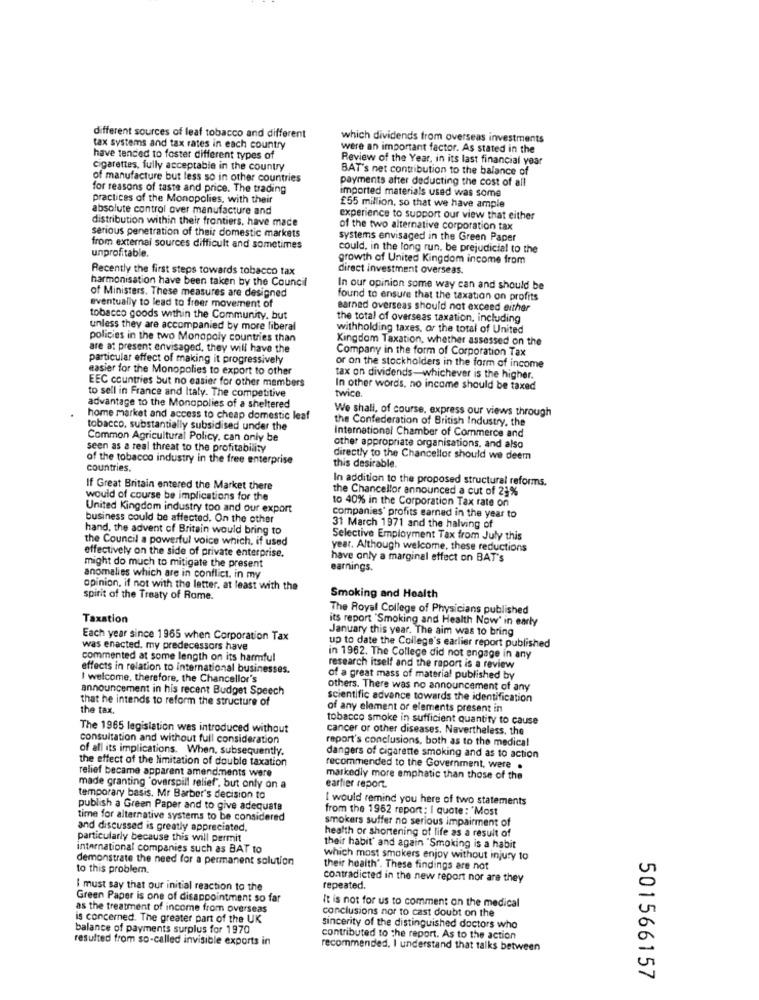
different sources of leaf tobacco and different
which dividends from overseas investments
tax systems and tax rates in each country
were an important factor. As stated in the
have tended to foster different types of
Review of the Year, in its last financial year
cigarettes, fully acceptable in the country
BAT's net contribution to the balance of
of manufacture but less so in other countries
payments after deducting the cost of all
for reasons of taste and price. The trading
imported materials used was some
practices of the Monopolies, with their
absolute control over manufacture and
£55 million, so that we have ample
distribution within their frontiers, have made
experience to support our view that either
of the two alternative corporation tax
serious penetration of their domestic markets
systems envisaged in the Green Paper
from external sources difficult and sometimes
unprofitable.
could, in the long run, be prejudicial to the
growth of United Kingdom income from
Recently the first steps towards tobacco tax
direct investment overseas.
harmonisation have been taken by the Council
of Ministers. These measures are designed
In our opinion some way can and should be
found to ensure that the taxation on profits
eventually to lead to freer movement of
earned overseas should not exceed either
tobacco goods within the Community, but
the total of overseas taxation, including
unless they are accompanied by more liberal
withholding taxes, or the total of United
policies in the two Monopoly countries than
Kingdom Taxation, whether assessed on the
are at present envisaged, they will have the
Company in the form of Corporation Tax
particular effect of making it progressively
or on the stockholders in the form of income
easier for the Monopolies to export to other
EEC countries but no easier for other members
tax on dividends-whichever is the higher.
to sell in France and Italy. The competitive
In other words, no income should be taxed
twice.
advantage to the Monopolies of a sheltered
We shall, of course, express our views through
home market and access to cheap domestic leaf
the Confederation of British Industry, the
tobacco, substantially subsidised under the
Common Agricultural Policy, can only be
International Chamber of Commerce and
seen as a real threat to the profitability
other appropriate organisations, and also
of the tobacco industry in the free enterprise
directly to the Chancellor should we deem
countries.
this desirable.
In addition to the proposed structural reforms.
If Great Britain entered the Market there
the Chancellor announced a cut of 21%
would of course be implications for the
to 40% in the Corporation Tax rate on
United Kingdom industry too and our export
business could be affected. On the other
companies' profits earned in the year to
hand, the advent of Britain would bring to
31 March 1971 and the halving of
the Council a powerful voice which, if used
Selective Employment Tax from July this
effectively on the side of private enterprise.
year. Although welcome, these reductions
might do much to mitigate the present
have only a marginal effect on BAT's
earnings.
anomalies which are in conflict. in my
opinion, if not with the letter, at least with the
spirit of the Treaty of Rome.
Smoking and Health
The Royal College of Physicians published
Taxation
its report "Smoking and Health Now' in early
January this year. The aim was to bring
Each year since 1965 when Corporation Tax
was enacted, my predecessors have
up to date the College's earlier report published
commented at some length on its harmful
in 1962. The College did not engage in any
effects in relation to international businesses.
research itself and the report is a review
I welcome. therefore, the Chancellor's
of a great mass of material published by
announcement in his recent Budget Speech
others. There was no announcement of any
that he intends to reform the structure of
scientific advance towards the identification
the tax.
of any element or elements present in
tobacco smoke in sufficient quantity to cause
The 1965 legislation was introduced without
cancer or other diseases. Nevertheless, the
consultation and without full consideration
report's conclusions, both as to the medical
of all its implications. When. subsequently.
the effect of the limitation of double taxation
dangers of cigarette smoking and as to action
relief became apparent amendments were
recommended to the Government, were .
markedly more emphatic than those of the
made granting 'overspill relief", but only on a
earfier report.
temporary basis. Mr Barber's decision to
I would remind you here of two statements
publish a Green Paper and to give adequate
from the 1962 report; I quote : "Most
time for alternative systems to be considered
smokers suffer no serious impairment of
and discussed is greatly appreciated.
health or shortening of life as a result of
particularly because this will permit
international companies such as BAT to
their habit' and again "Smoking is a habit
demonstrate the need for a permanent solution
which most smokers enjoy without injury to
to this problem.
their health'. These findings are not
contradicted in the new report nor are they
I must say that our initial reaction to the
repeated.
Green Paper is one of disappointment so far
It is not for us to comment on the medical
as the treatment of income from overseas
conclusions nor to cast doubt on the
is concerned. The greater part of the UK
balance of payments surplus for 1970
sincerity of the distinguished doctors who
resulted from so-called invisible exports in
contributed to the report. As to the action
recommended, I understand that talks between
501566157